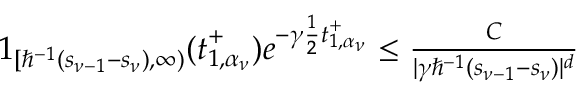
\begin{array} { r } { \boldsymbol { 1 } _ { [ \hbar ^ { - 1 } ( s _ { \nu - 1 } - s _ { \nu } ) , \infty ) } ( \boldsymbol { t } _ { 1 , \alpha _ { \nu } } ^ { + } ) e ^ { - \gamma \frac { 1 } { 2 } \boldsymbol { t } _ { 1 , \alpha _ { \nu } } ^ { + } } \leq \frac { C } { | \gamma \hbar ^ { - 1 } ( s _ { \nu - 1 } - s _ { \nu } ) | ^ { d } } } \end{array}